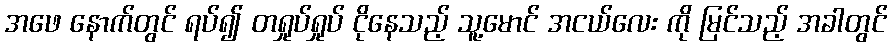
အဖေ နောက်တွင် ရပ်၍ တရှုပ်ရှုပ် ငိုနေသည့် သူ့မောင် အငယ်လေး ကို မြင်သည့် အခါတွင်